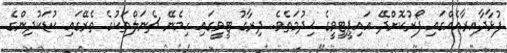
ފުޅާދާއިރާއެއްގައި ފޯރުކޮށްދޭ އައިޕީޓީވީގެ ޚިދުމަތެވެ. ދިރާގު ޓީވީގައި ހިމެނޭ ޗެނަލްތަކުގެ ތެރޭގައި ކުޑަކުދިންގެ